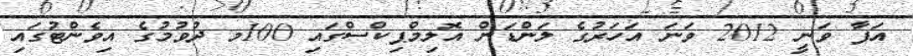
އަފާ ވަނީ 2012 ވަނަ އަހަރުގެ ލަންޑަން އޮލިމްޕިކްސްގައި 100މ ދުވުމުގެ އިވެންޓުގައި